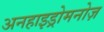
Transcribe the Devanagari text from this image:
अनहाइड्रोमनोज़